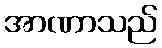
အာဏာသည်